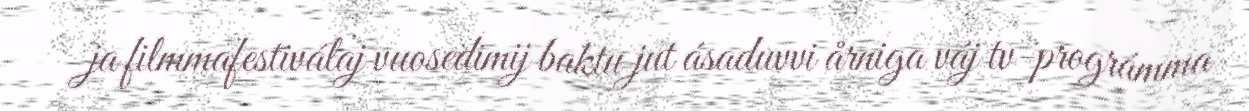
ja filmmafestiválaj vuosedimij baktu jut ásaduvvi årniga váj tv-prográmma